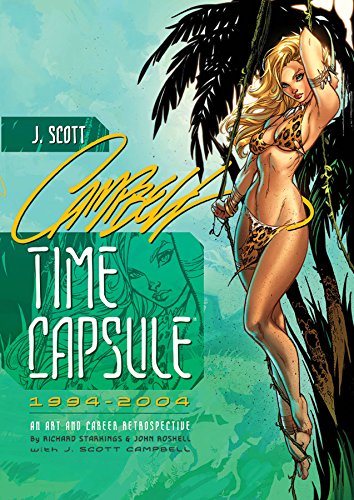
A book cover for J. Scott Campbell: Time Capsule Signed & Numbered Edition; Richard Starkings; Arts & Photography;